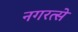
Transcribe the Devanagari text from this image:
नगरत्से